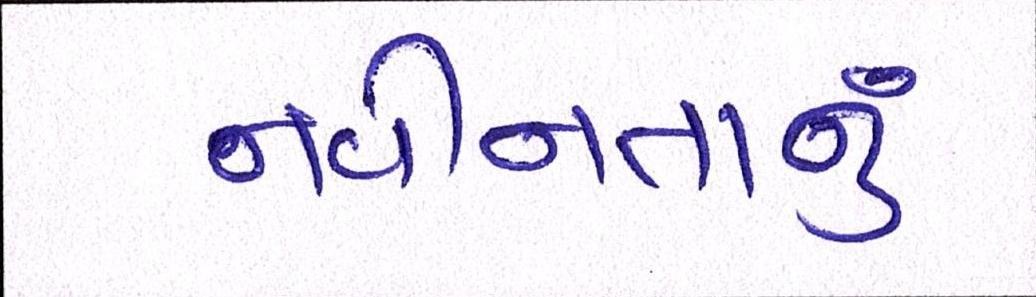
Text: નવીનતાનું